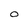
Character: O